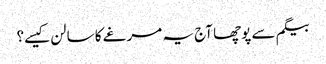
بیگم سے پوچھا آج یہ مرغے کا سالن کیسے؟